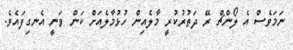
ނަމަވެސް އެ ލޯންޗް ރޭ ދަތުރުކުރީ މާލެއިން ހުޅުމާލެއަށް ކަން ވަނީ އެނގިފައެވެ.